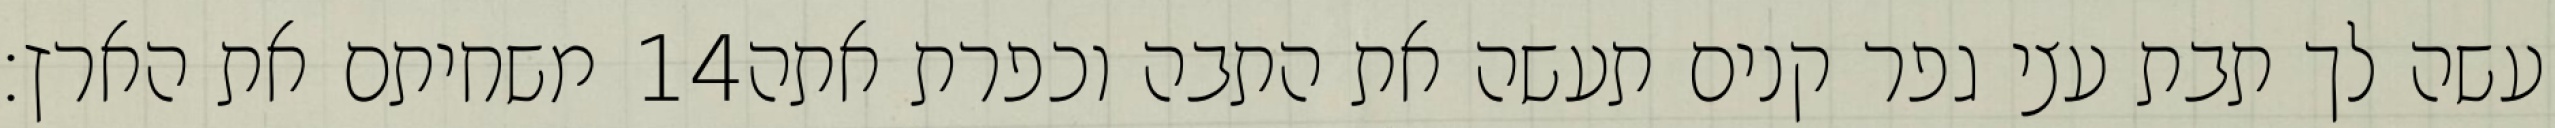
משחיתם את הארץ׃ ‎14‏ עשה לך תבת עצי גפר קנים תעשה את התבה וכפרת אתה